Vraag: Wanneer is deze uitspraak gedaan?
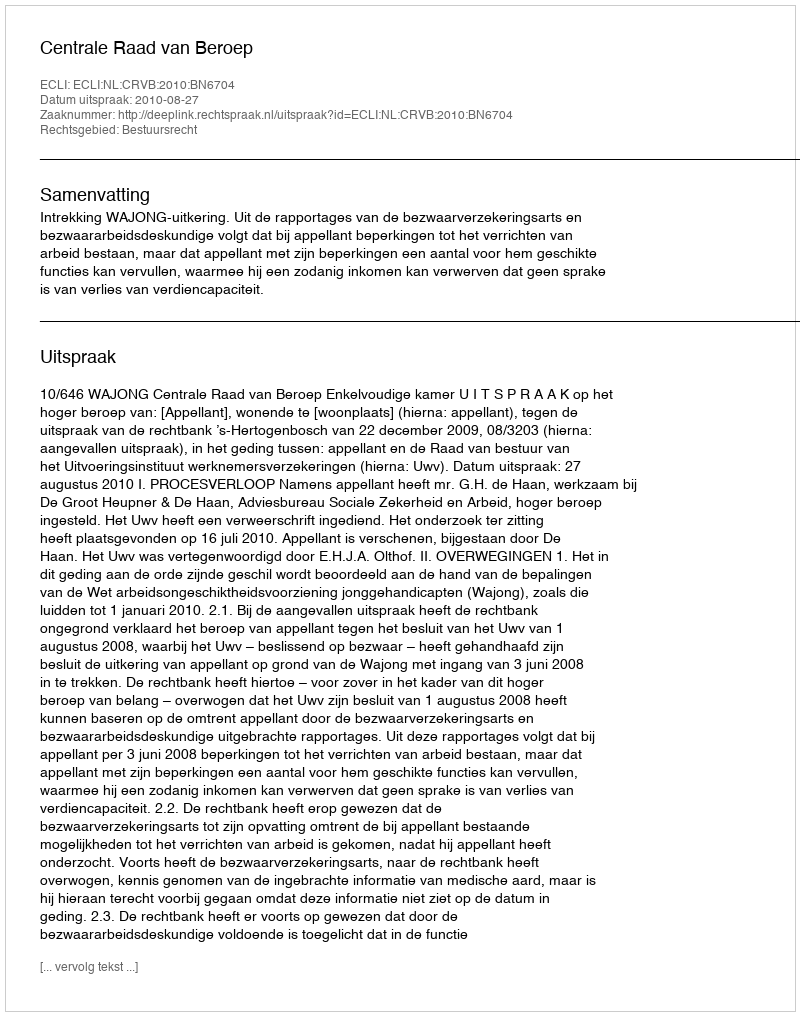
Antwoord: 2010-08-27